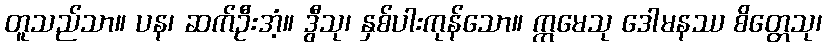
တူသည်သာ။ ပန၊ ဆက်ဦးအံ့။ ဒွီသု၊ နှစ်ပါးကုန်သော။ ဣမေသု ဒေါမနဿ စိတ္တေသု၊